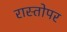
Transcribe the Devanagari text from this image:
रास्तोपर